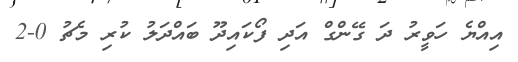
އިއްޔެ ހަވީރު ދަ ގޭންގް އަދި ފޯކައިދޫ ބައްދަލު ކުރި މެޗު 0-2